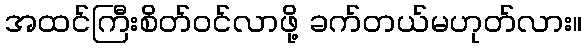
အထင်ကြီးစိတ်ဝင်လာဖို့ ခက်တယ်မဟုတ်လား။